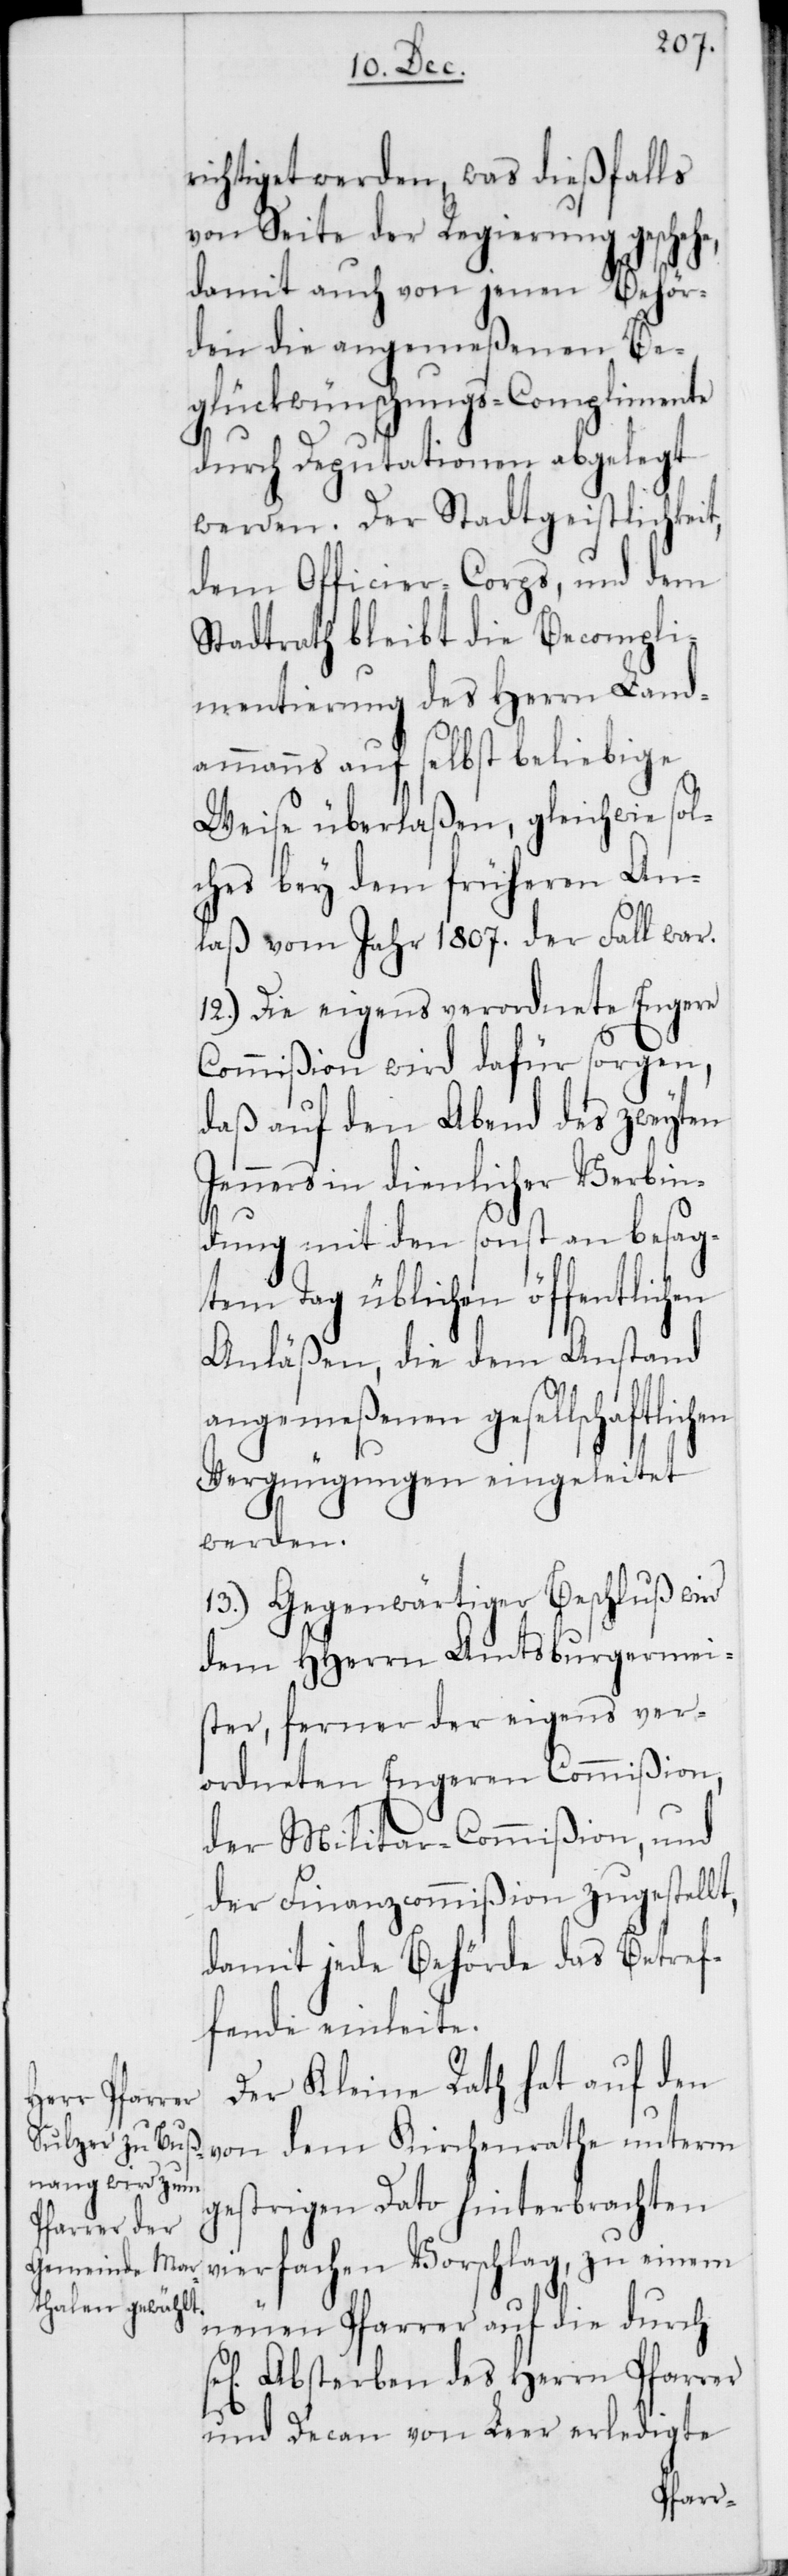
richtiget werden, was dießfalls
von Seite der Regierung geschehe,
damit auch von jenen Behör¬
den die angemeßenen Be¬
glückwünschungs-Complimente
durch Deputationen abgelegt
werden. Der Stadtgeistlichkeit,
dem Officiers-Corps und dem
Stadtrath bleibt die Becompli¬
mentierung des Herrn Land¬
ammanns auf selbst beliebige
Weise überlaßen, gleichwie sol¬
ches bey dem früheren An¬
laß vom Jahr 1807. der Fall war.
12.) Die eigens verordnete Engere
Commißion wird dafür sorgen,
daß auf den Abend das zweyten
Jenners in dienlicher Verbin¬
dung mit den sonst an besag¬
tem Tag üblichen öffentlichen
Anläßen, die dem Anstand
angemeßenen gesellschaftlichen
Vergnügungen eingeleitet
werden.
13.) Gegenwärtiger Beschluß wird
dem HHerrn Amtsburgermei¬
ster, ferner der eigens ver¬
ordneten Engeren Commißion,
der Militar-Commißion und
der Finanzcommißion zugestellt,
damit jede Behörde das Betref¬
fende einleite.
Der Kleine Rath hat auf den
von dem Kirchenrathe unterm
gestrigen Dato hinterbrachten
vierfachen Vorschlag, zu einem
neuen Pfarrer auf die durch
Absterben des Herrn Pfarrer
und Decan von Leer erledigte